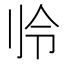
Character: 𫥻